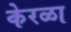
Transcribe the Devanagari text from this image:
केरळा